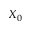
X _ { 0 }